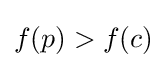
f(p)>f(c)